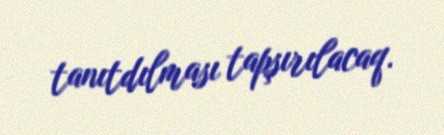
tanıtdılması tapşırılacaq.